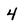
Character: 4